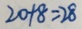
2 0 + 8 = 2 8